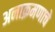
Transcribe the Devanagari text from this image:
अनाक्रमणाचे